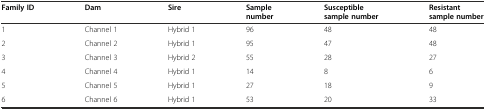
<table><thead><tr><td><b>Family ID</b></td><td><b>Dam</b></td><td><b>Sire</b></td><td><b>Sample number</b></td><td><b>Susceptible sample number</b></td><td><b>Resistant sample number</b></td></tr></thead><tbody><tr><td>1</td><td>Channel 1</td><td>Hybrid 1</td><td>96</td><td>48</td><td>48</td></tr><tr><td>2</td><td>Channel 2</td><td>Hybrid 1</td><td>95</td><td>47</td><td>48</td></tr><tr><td>3</td><td>Channel 3</td><td>Hybrid 2</td><td>55</td><td>28</td><td>27</td></tr><tr><td>4</td><td>Channel 4</td><td>Hybrid 1</td><td>14</td><td>8</td><td>6</td></tr><tr><td>5</td><td>Channel 5</td><td>Hybrid 1</td><td>27</td><td>18</td><td>9</td></tr><tr><td>6</td><td>Channel 6</td><td>Hybrid 1</td><td>53</td><td>20</td><td>33</td></tr></tbody></table>